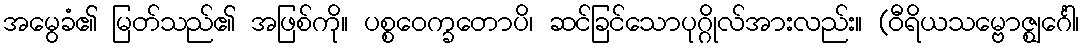
အမွေခံ၏ မြတ်သည်၏ အဖြစ်ကို။ ပစ္စဝေက္ခတောပိ၊ ဆင်ခြင်သောပုဂ္ဂိုလ်အားလည်း။ (ဝီရိယသမ္ဗောဇ္ဈင်္ဂေါ၊